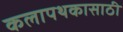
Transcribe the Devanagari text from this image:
कलापथकासाठी